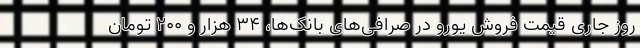
روز جاری قیمت فروش یورو در صرافی‌های بانک‌ها، ۳۴ هزار و ۲۰۰ تومان